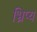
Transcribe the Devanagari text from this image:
भ्रिप्य